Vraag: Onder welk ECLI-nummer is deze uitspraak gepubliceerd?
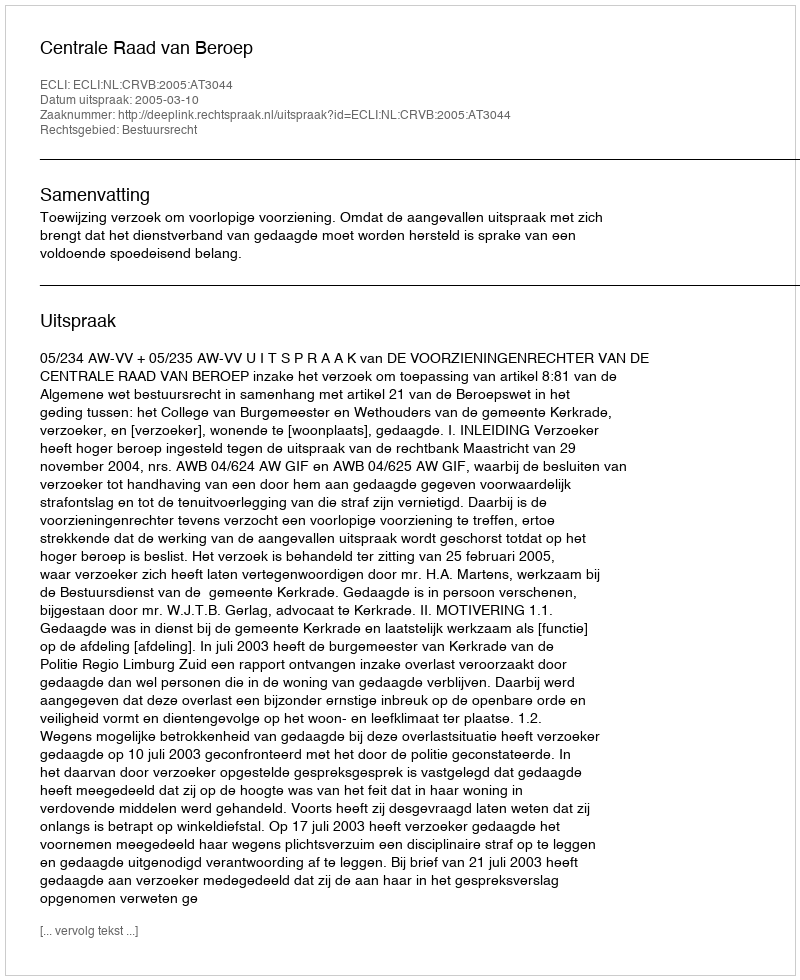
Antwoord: ECLI:NL:CRVB:2005:AT3044